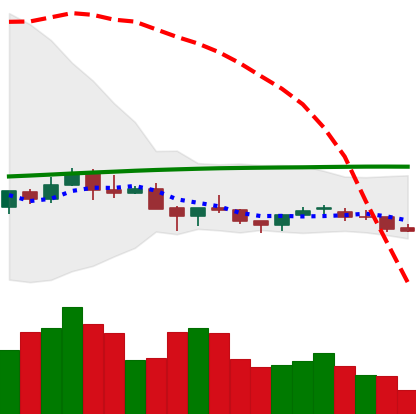
Ticker: NEO-USD
Chart end date: 2021-06-19
Forward return: -21.798%
Label: down_7plus